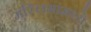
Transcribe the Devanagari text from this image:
मुस्लिमांमध्ये